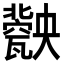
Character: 𤮤